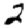
Digit: 2